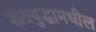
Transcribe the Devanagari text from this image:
शीतयुद्धामधील